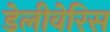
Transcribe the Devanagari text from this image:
डेलीवेरिस